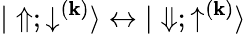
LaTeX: {|\Uparrow;\downarrow^{(\mathbf{k})}\rangle\leftrightarrow|\Downarrow;\uparrow^{(\mathbf{k})}\rangle}